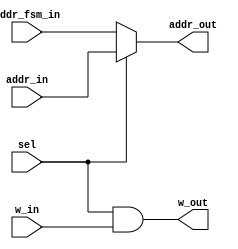
module select(sel, addr_in, addr_fsm_in, w_in, addr_out, w_out);
    input sel;
    input [5:0] addr_in;
    input [5:0] addr_fsm_in;
    input w_in;
    output [5:0] addr_out;
    output w_out;
    assign addr_out = sel ? addr_in : addr_fsm_in;
    assign w_out = sel & w_in;
endmodule